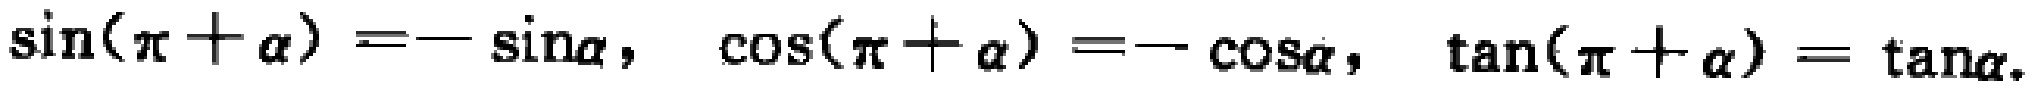
\(\sin(\pi + \alpha)=-\sin\alpha,\ \cos(\pi + \alpha)=-\cos\alpha,\ \tan(\pi + \alpha)=\tan\alpha\)